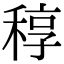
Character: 稕